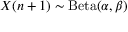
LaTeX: { X ( n + 1 ) } \sim \operatorname { B e t a } ( \alpha , \beta )